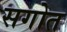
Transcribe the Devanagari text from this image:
सगोत